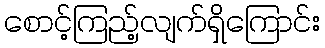
စောင့်ကြည့်လျက်ရှိကြောင်း